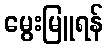
မွေးမြူရန်